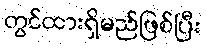
တွင်ထားရှိမည်ဖြစ်ပြီး